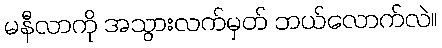
မနီလာကို အသွားလက်မှတ် ဘယ်လောက်လဲ။